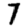
Digit: 7